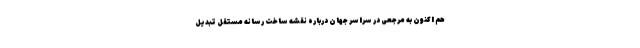
هم اکنون به مرجعی در سراسر جهان درباره نقشه ساخت رسانه مستقل تبدیل